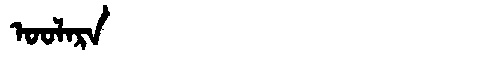
Manchu: ᠣᠣᠯᠠᡵᠠ
Romanization: OOLARA